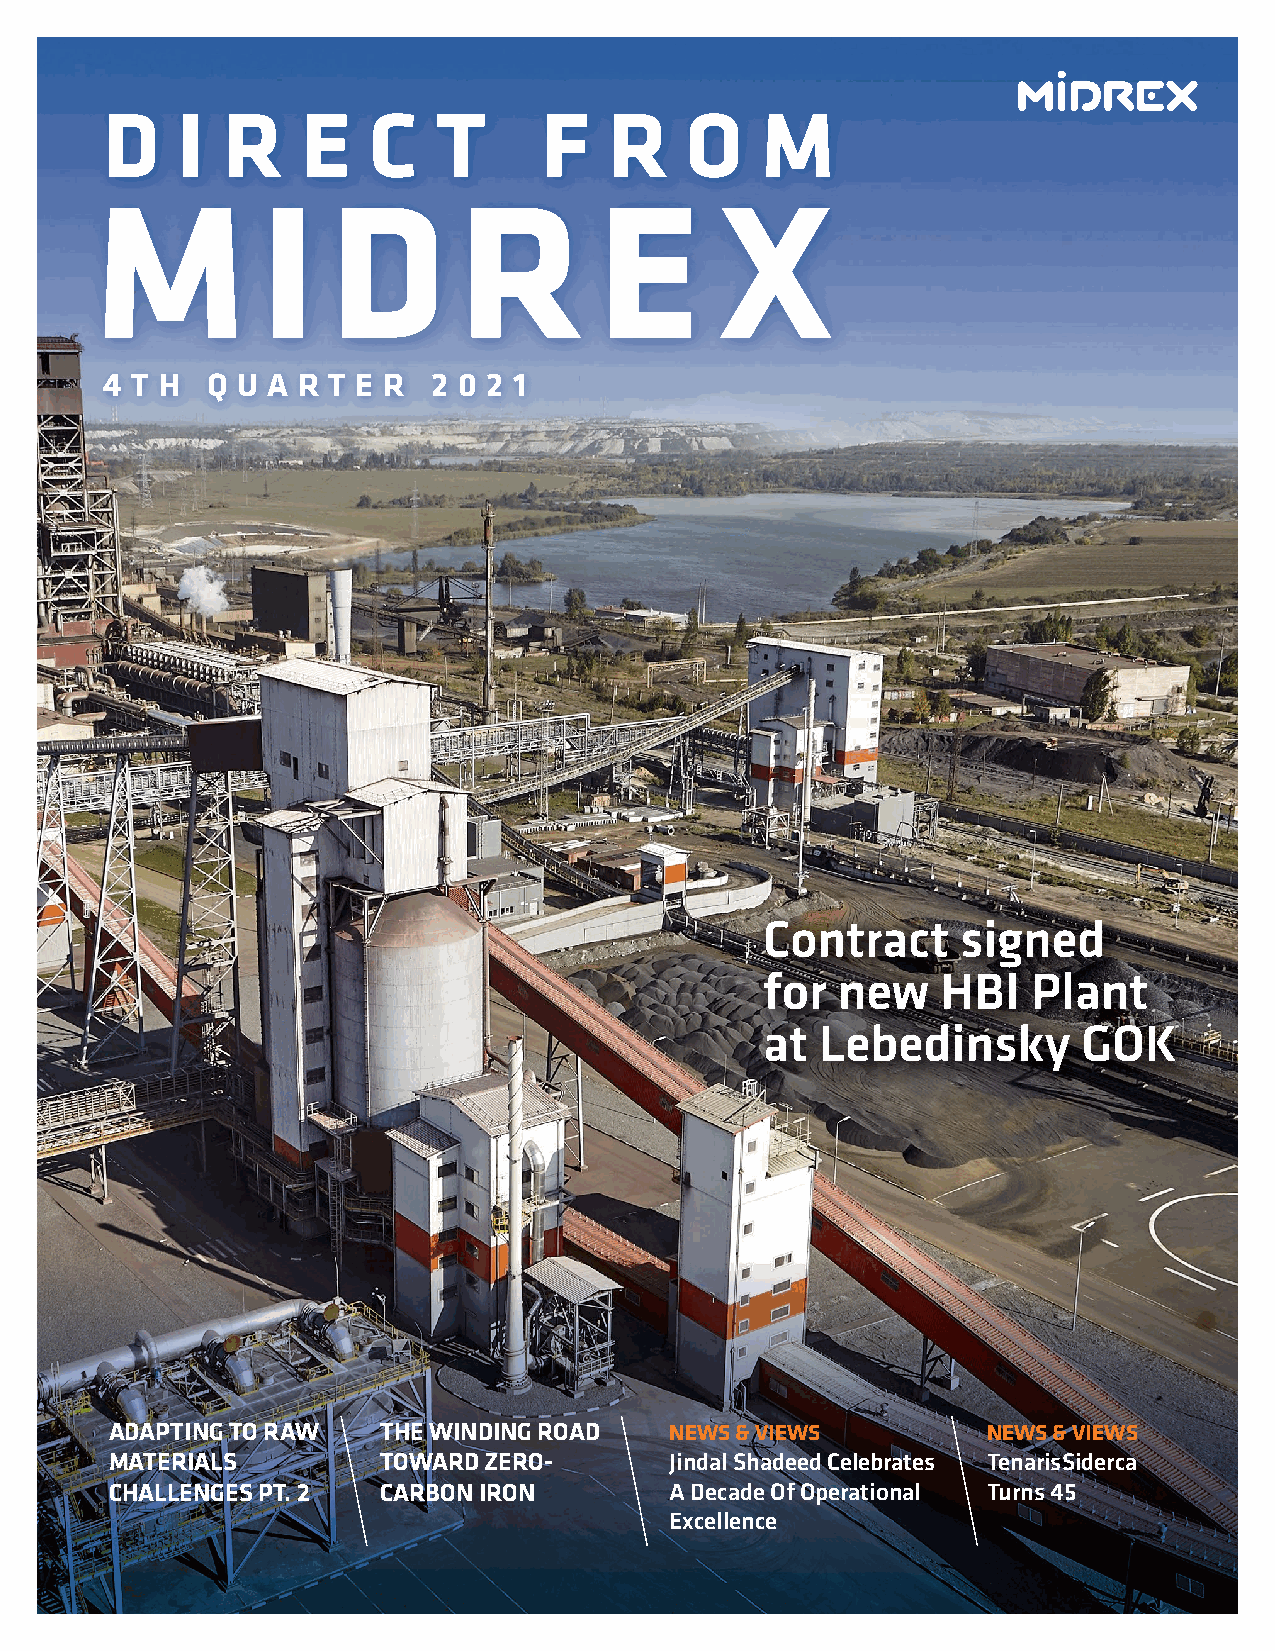
D    I  R    E   C    T      F   R    O    M
 M          I    D       R         E      X
 4 T H  Q U A R T E R  2 0 2 1
 Contract     signed
 for new    HBI   Plant
 at Lebedinsky        GOK
 ADAPTING TO RAW   THE WINDING ROAD   NEWS & VIEWS         NEWS & VIEWS
 MATERIALS         TOWARD ZERO-       Jindal Shadeed Celebrates TenarisSiderca
 CHALLENGES PT. 2  CARBON IRON        A Decade Of Operational Turns 45
 Excellence